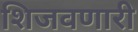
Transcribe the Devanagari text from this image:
शिजवणारी